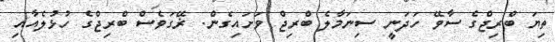
ތިޔަ ބްރިޖްގެ ސާވޭ ހަދަނީ ސިނަމާލެ ބްރިޖް ވަށައިގެން. ޜޭގަވެސް ބްރިޖްގެ ހުޅުލެއާއި